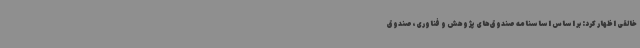
خالقی اظهار کرد: بر اساس اساسنامه صندوق‌های پژوهش و فناوری، صندوق